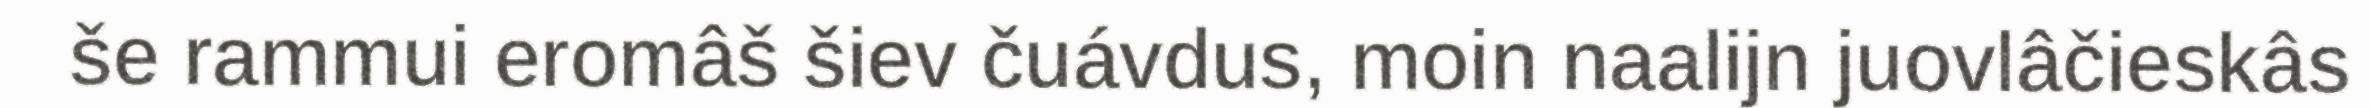
še rammui eromâš šiev čuávdus, moin naalijn juovlâčieskâs